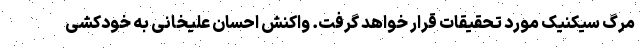
مرگ سیکنیک مورد تحقیقات قرار خواهد گرفت. واکنش احسان علیخانی به خودکشی